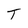
Character: T